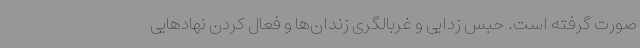
صورت گرفته است. حبس زدایی و غربالگری زندان‌ها و فعال کردن نهادهایی